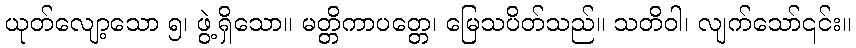
ယုတ်လျော့သော ၅၊ ဖွဲ့ရှိသော။ မတ္တိကာပတ္တေ၊ မြေသပိတ်သည်။ သတိဝါ၊ လျက်သော်၎င်း။